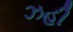
ઝહી